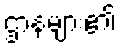
ဌာနများ၏